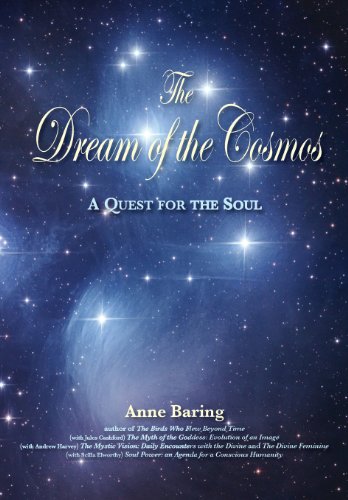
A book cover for The Dream of the Cosmos; Anne Baring; Religion & Spirituality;